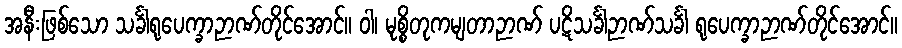
အနီးဖြစ်သော သင်္ခါရုပေက္ခာဉာဏ်တိုင်အောင်။ ဝါ၊ မုစ္စိတုကမျတာဉာဏ် ပဋိသင်္ခါဉာဏ်သင်္ခါ ရုပေက္ခာဉာဏ်တိုင်အောင်။